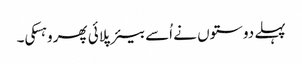
پہلے دوستوں نے اُسے بیئر پلائی پھر وہسکی۔